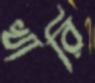
খারি